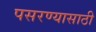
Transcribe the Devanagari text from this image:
पसरण्यासाठी